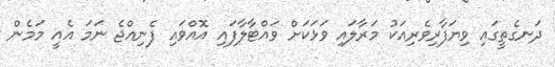
ދަނގެތީގައި ވިޔަފާރިވެރިއަކު މަރާލައި ވަޅަކަށް ވައްޓާލާފައި އޮއްވައި ފެނިއްޖެ ނަމަ އެއީ މަމެން